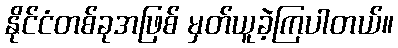
နိုင်ငံတစ်ခုအဖြစ် မှတ်ယူခဲ့ကြပါတယ်။